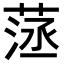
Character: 𦴸